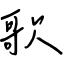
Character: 歌